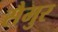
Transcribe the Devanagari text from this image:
सैमुर